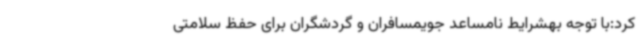
کرد:با توجه بهشرایط نامساعد جویمسافران و گردشگران برای حفظ سلامتی